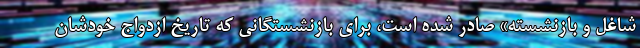
شاغل و بازنشسته» صادر شده است، برای بازنشستگانی که تاریخ ازدواج خودشان